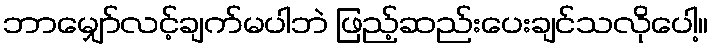
ဘာမျှော်လင့်ချက်မပါဘဲ ဖြည့်ဆည်းပေးချင်သလိုပေါ့။